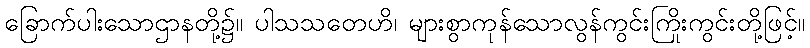
ခြောက်ပါးသောဌာနတို့၌။ ပါသသတေဟိ၊ များစွာကုန်သောလွန်ကွင်းကြိုးကွင်းတို့ဖြင့်။